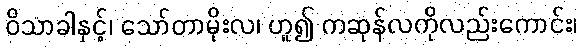
ဝိသာခါနှင့်၊ သော်တာမိုးလ၊ ဟူ၍ ကဆုန်လကိုလည်းကောင်း၊